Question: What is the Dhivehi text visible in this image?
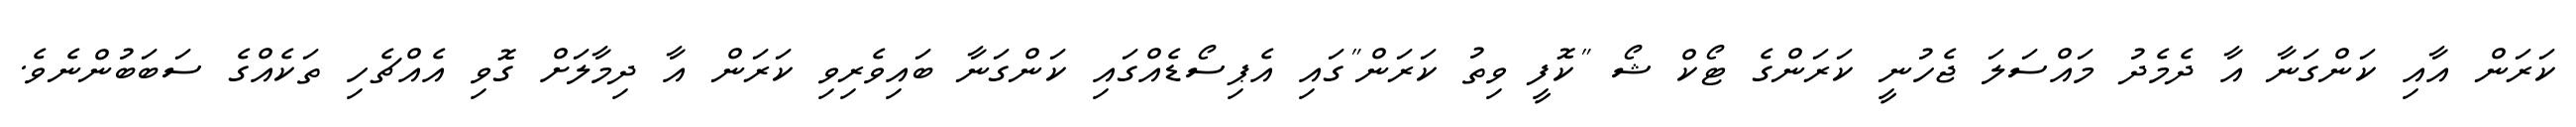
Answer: ކަރަން އާއި ކަންގަނާ އާ ދެމެދު މައްސަލަ ޖެހުނީ ކަރަންގެ ޓޯކް ޝޯ "ކޮފީ ވިތު ކަރަން"ގައި އެޕިސޯޑެއްގައި ކަންގަނާ ބައިވެރިވި ކަރަން އާ ދިމާލަށް ގޮވި އެއްޗެހި ތަކެއްގެ ސަބަބުންނެވެ.